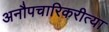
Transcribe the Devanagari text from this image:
अनौपचारिकरीत्या